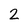
Character: 2